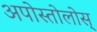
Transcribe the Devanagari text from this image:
अपोस्तोलोस्